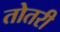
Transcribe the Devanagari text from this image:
तोतरी